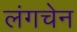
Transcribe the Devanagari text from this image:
लंगचेन